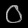
Digit: ၀